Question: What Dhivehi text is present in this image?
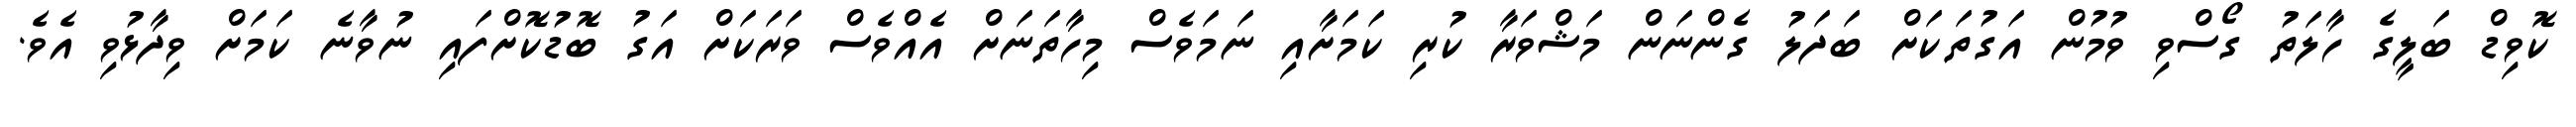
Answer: ކޮވިޑް ބަލީގެ ހާލަތު ގޯސްވި ވުމުން އަގުތަކަށް ބަދަލު ގެންނަން މަޝްވަރާ ކުރި ކަމަށާއި ނަމަވެސް މިހާތަނަށް އެއްވެސް ވަރަކަށް އަގު ބޮޑުކޮށްފައި ނުވާނެ ކަމަށް ވިދާޅުވި އެވެ.